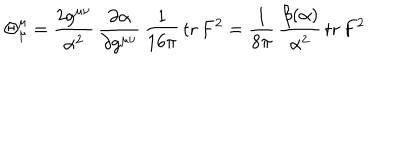
\Theta _ { \hspace { 1 m m } \mu } ^ { \mu } = \frac { 2 g ^ { \mu \nu } } { \alpha ^ { 2 } } \, \frac { \partial \alpha } { \partial g ^ { \mu \nu } } \, \frac { 1 } { 1 6 \pi } \, \mathrm { t r } \, F ^ { 2 } = \frac { 1 } { 8 \pi } \, \frac { \beta ( \alpha ) } { \alpha ^ { 2 } } \, \mathrm { t r } \, F ^ { 2 }